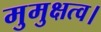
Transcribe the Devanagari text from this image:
मुमुक्षत्व।